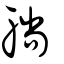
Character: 躺